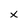
Character: x